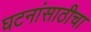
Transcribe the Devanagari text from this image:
घटनांसाठीचा